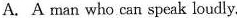
A.A man who can speak loudly.